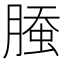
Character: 𰯁